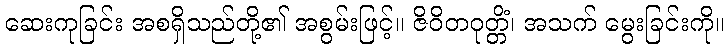
ဆေးကုခြင်း အစရှိသည်တို့၏ အစွမ်းဖြင့်။ ဇိဝိတဝုတ္တိံ၊ အသက် မွေးခြင်းကို။